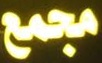
مجمع